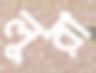
লুরা